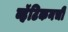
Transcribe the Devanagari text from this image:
व्हॅटिकनची